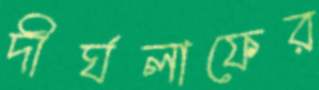
দীর্ঘলাফের